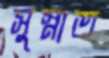
সুস্নাত